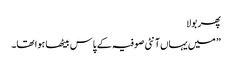
پھر بولا
” میں یہاں آنٹی صوفیہ کے پاس بیٹھا ہوا تھا۔